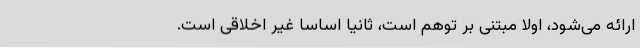
ارائه می‌شود، اولا مبتنی بر توهم است، ثانیا اساسا غیر اخلاقی است.